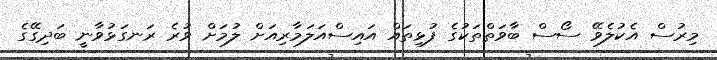
މިރުސް އެކުލެވޭ ސޯސް ބާވަތްތަކުގެ ފުޅިތައް އައިސްއަލަމާރިއަށް ލުމަށް ވުރެ ރަނގަޅުވާނީ ބަދިގޭގެ